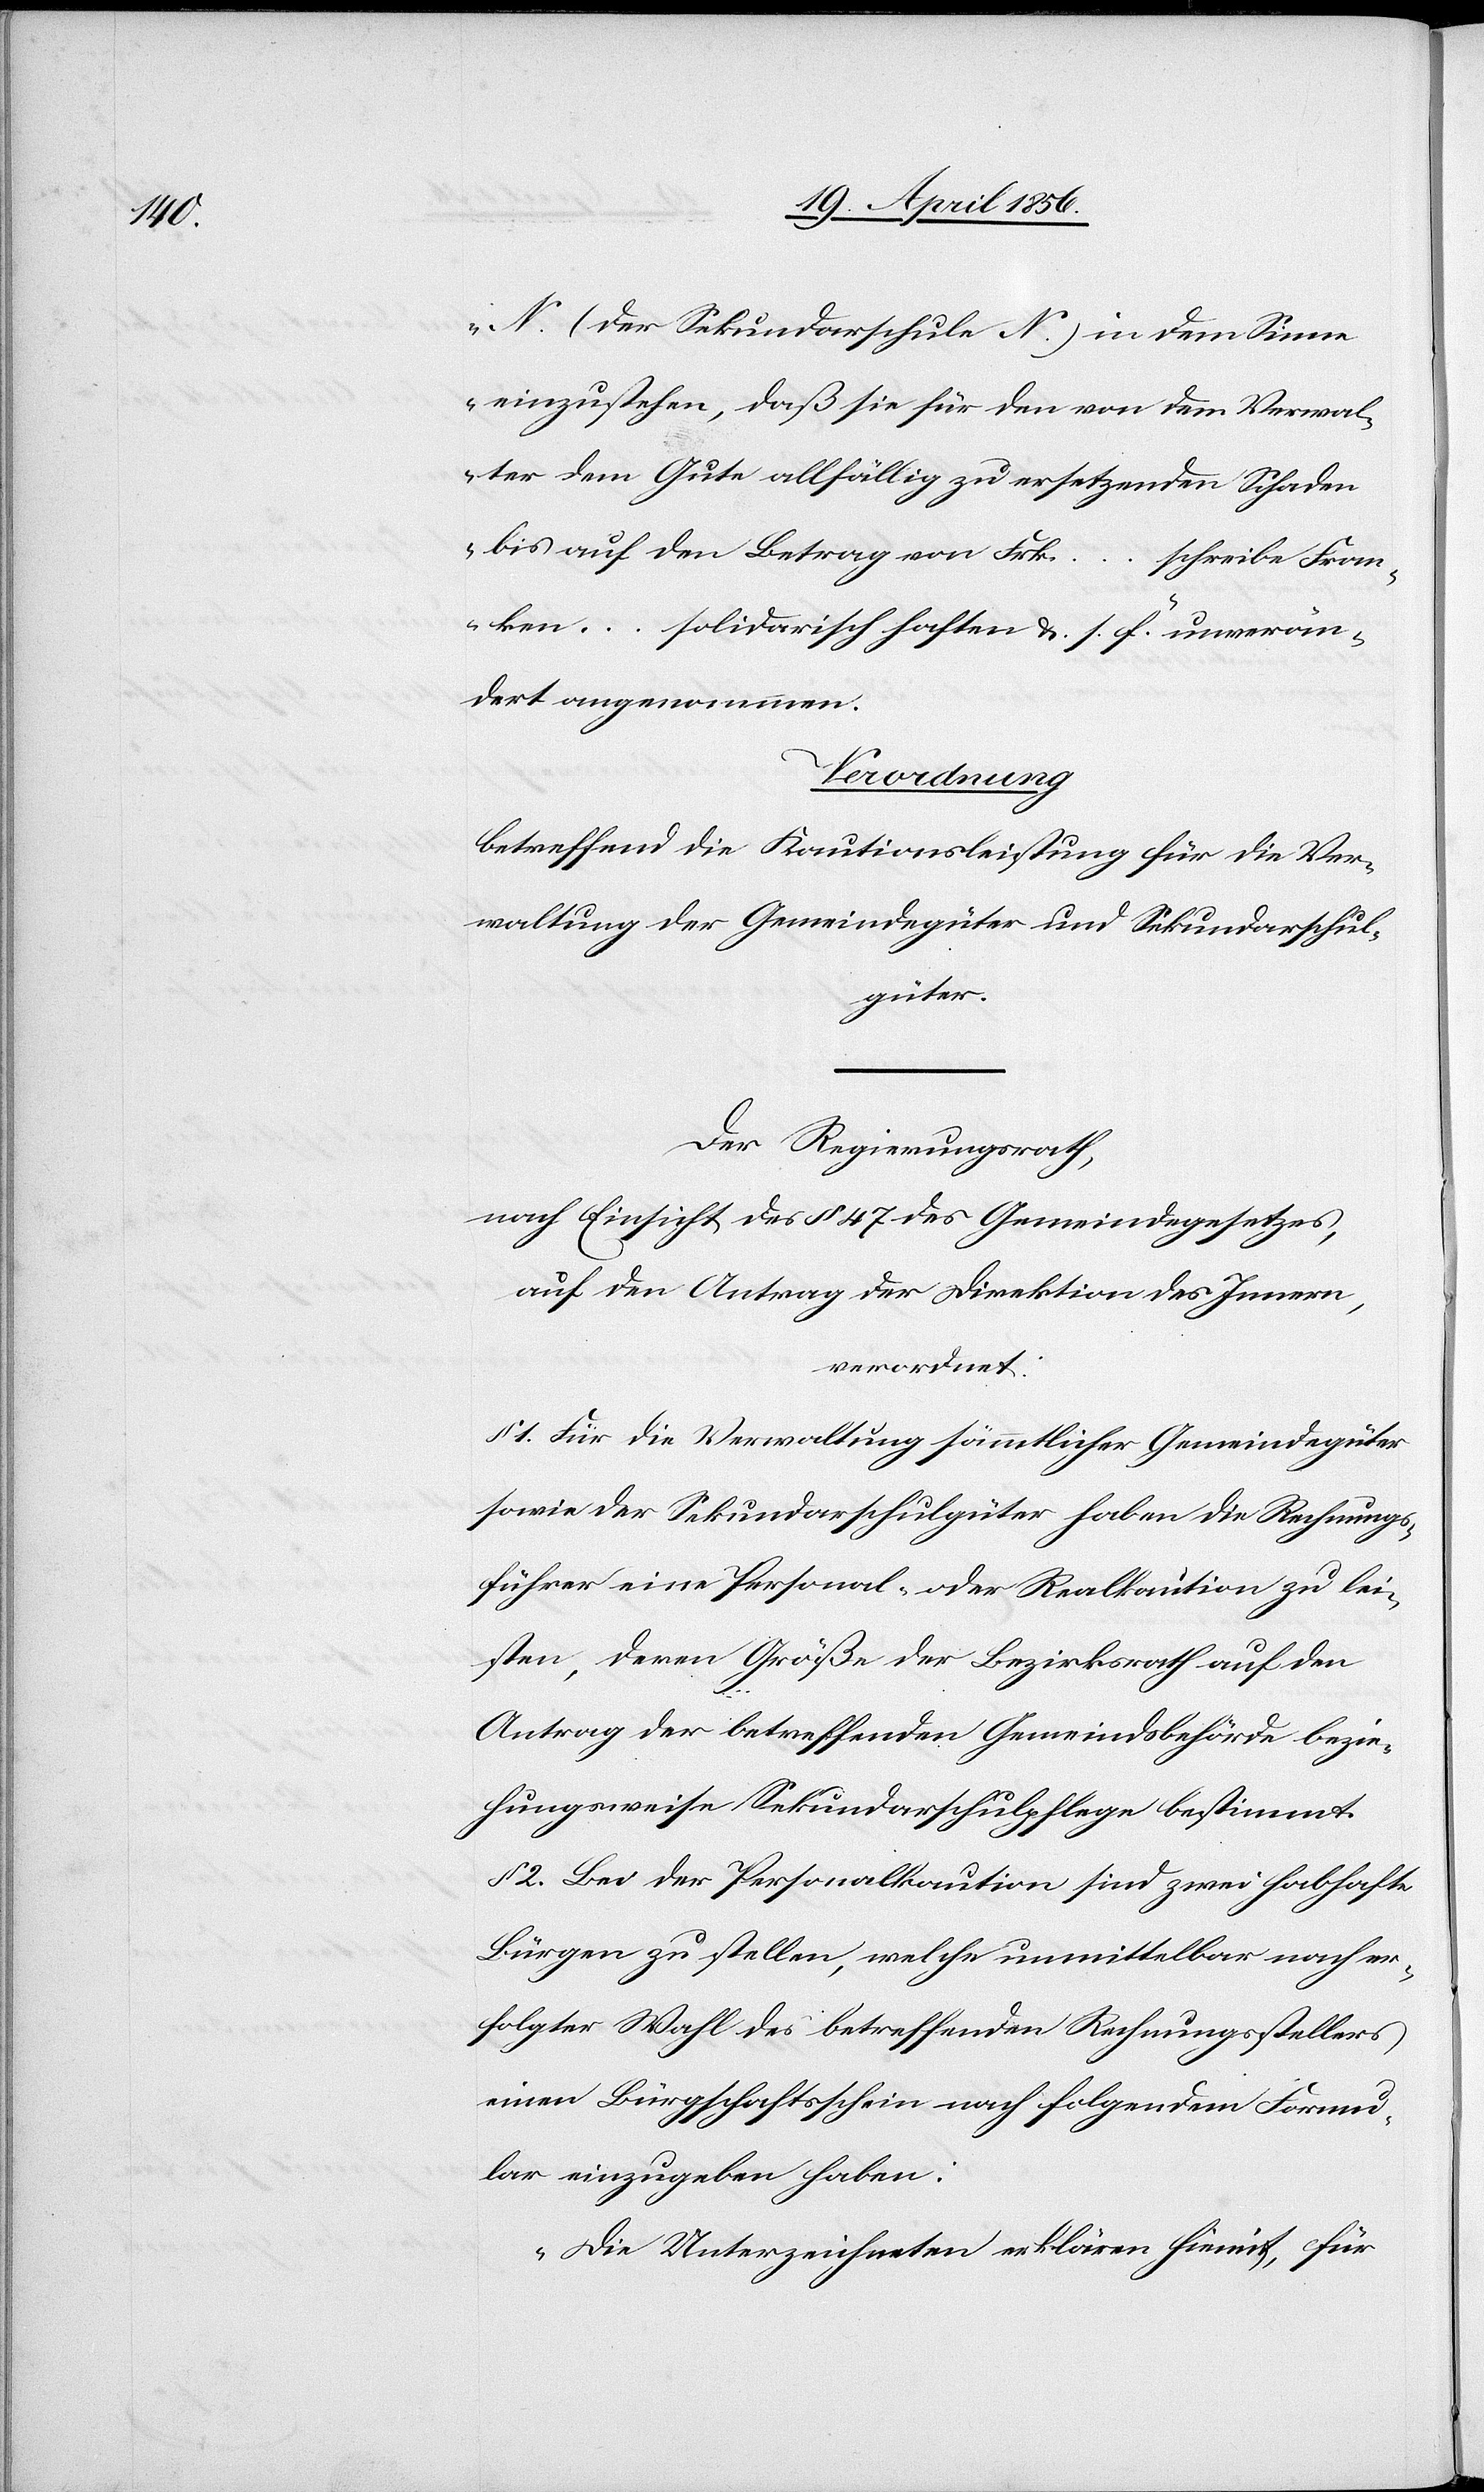
N. (der Sekundarschule N.) in dem Sinne
einzustehen, daß sie für den von dem Verwal¬
ter dem Gute allfällig zu ersetzenden Schaden
bis auf den Betrag von Frk. … schreibe Fran¬
ken … solidarisch haften &. s. f. unverän¬
dert angenommen.[“]
Verordnung
betreffend die Kautionsleistung für die Ver¬
waltung der Gemeindegüter und Sekundarschul¬
güter.
Der Regierungsrath,
nach Einsicht des § 47 des Gemeindegesetzes,
auf den Antrag der Direktion des Innern,
verordnet:
§ 1. Für die Verwaltung sämmtlicher Gemeindegüter
sowie der Sekundarschulgüter haben die Rechnungs¬
führer eine Personal- oder Realkaution zu lei¬
sten, deren Größe der Bezirksrath auf den
Antrag der betreffenden Gemeindsbehörde bezie¬
hungsweise Sekundarschulpflege bestimmt.
§ 2. Bei der Personalkaution sind zwei habhafte
Bürgen zu stellen, welche unmittelbar nach er¬
folgter Wahl des betreffenden Rechnungsstellers
einen Bürgschaftsschein nach folgendem Formu¬
lar einzugeben haben.
„Die Unterzeichneten erklären hiemit, für